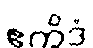
ဧကိဒံ